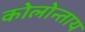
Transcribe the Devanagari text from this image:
कोलोन्ताय